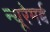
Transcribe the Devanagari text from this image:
न्यूरेमर्ब